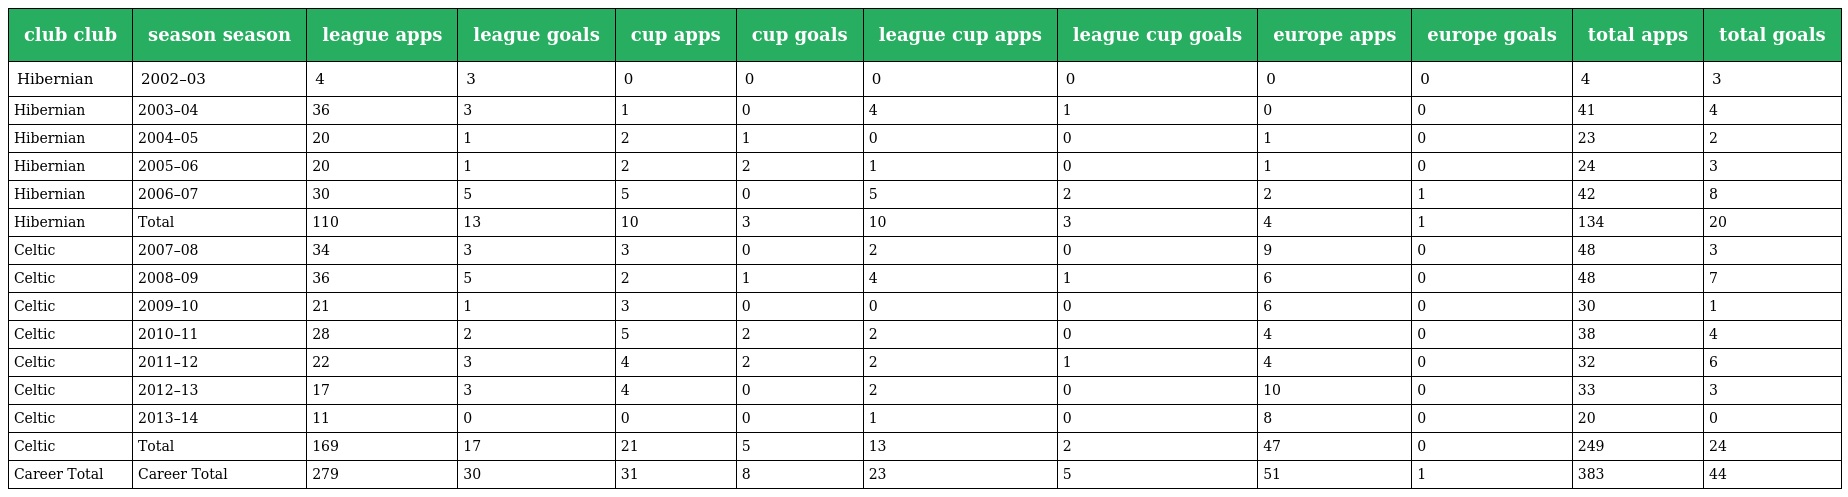
| club club | season season | league apps | league goals | cup apps | cup goals | league cup apps | league cup goals | europe apps | europe goals | total apps | total goals |
 | --- | --- | --- | --- | --- | --- | --- | --- | --- | --- | --- | --- |
 | Hibernian | 2002–03 | 4 | 3 | 0 | 0 | 0 | 0 | 0 | 0 | 4 | 3 |
 | Hibernian | 2003–04 | 36 | 3 | 1 | 0 | 4 | 1 | 0 | 0 | 41 | 4 |
 | Hibernian | 2004–05 | 20 | 1 | 2 | 1 | 0 | 0 | 1 | 0 | 23 | 2 |
 | Hibernian | 2005–06 | 20 | 1 | 2 | 2 | 1 | 0 | 1 | 0 | 24 | 3 |
 | Hibernian | 2006–07 | 30 | 5 | 5 | 0 | 5 | 2 | 2 | 1 | 42 | 8 |
 | Hibernian | Total | 110 | 13 | 10 | 3 | 10 | 3 | 4 | 1 | 134 | 20 |
 | Celtic | 2007–08 | 34 | 3 | 3 | 0 | 2 | 0 | 9 | 0 | 48 | 3 |
 | Celtic | 2008–09 | 36 | 5 | 2 | 1 | 4 | 1 | 6 | 0 | 48 | 7 |
 | Celtic | 2009–10 | 21 | 1 | 3 | 0 | 0 | 0 | 6 | 0 | 30 | 1 |
 | Celtic | 2010–11 | 28 | 2 | 5 | 2 | 2 | 0 | 4 | 0 | 38 | 4 |
 | Celtic | 2011–12 | 22 | 3 | 4 | 2 | 2 | 1 | 4 | 0 | 32 | 6 |
 | Celtic | 2012–13 | 17 | 3 | 4 | 0 | 2 | 0 | 10 | 0 | 33 | 3 |
 | Celtic | 2013–14 | 11 | 0 | 0 | 0 | 1 | 0 | 8 | 0 | 20 | 0 |
 | Celtic | Total | 169 | 17 | 21 | 5 | 13 | 2 | 47 | 0 | 249 | 24 |
 | Career Total | Career Total | 279 | 30 | 31 | 8 | 23 | 5 | 51 | 1 | 383 | 44 |